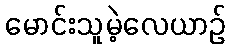
မောင်းသူမဲ့လေယာဉ်